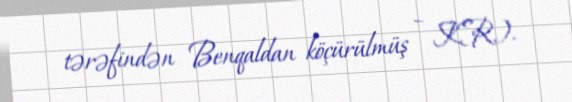
tərəfindən Benqaldan köçürülmüş – K.R.).